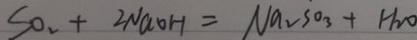
S O _ { 2 } + 2 N a O H = N a _ { 2 } S O _ { 3 } + H _ { 2 } O